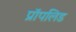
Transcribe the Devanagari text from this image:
प्रॉपलिड